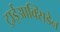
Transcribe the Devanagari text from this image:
ट्राईआक्सिडेन